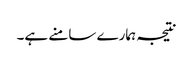
نتیجہ ہمارے سامنے ہے۔